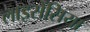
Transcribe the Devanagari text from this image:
लाइसेंसिया